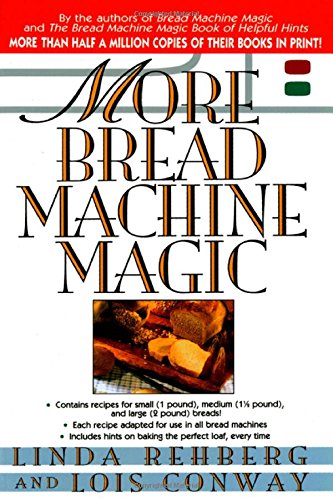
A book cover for More Bread Machine Magic : More Than 140 New Recipes From the Authors of Bread Machine Magic for Use in All Types of Sizes of Bread Machines; Linda Rehberg; Cookbooks, Food & Wine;